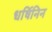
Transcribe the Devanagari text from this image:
धर्षिनिन